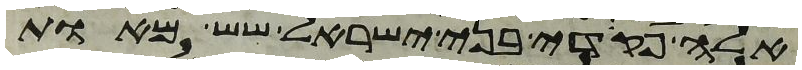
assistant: אלה פקדי בני ישראל שש מאות